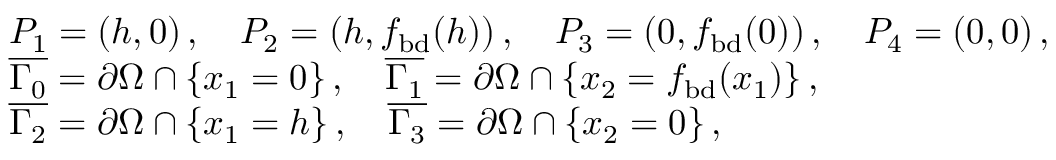
\begin{array} { r l } & { P _ { 1 } = ( h , 0 ) \, , \quad P _ { 2 } = ( h , f _ { \mathrm { b d } } ( h ) ) \, , \quad P _ { 3 } = ( 0 , f _ { \mathrm { b d } } ( 0 ) ) \, , \quad P _ { 4 } = ( 0 , 0 ) \, , } \\ & { \overline { { \Gamma _ { 0 } } } = \partial \Omega \cap \{ x _ { 1 } = 0 \} \, , \quad \overline { { \Gamma _ { 1 } } } = \partial \Omega \cap \{ x _ { 2 } = f _ { \mathrm { b d } } ( x _ { 1 } ) \} \, , } \\ & { \overline { { \Gamma _ { 2 } } } = \partial \Omega \cap \{ x _ { 1 } = h \} \, , \quad \overline { { \Gamma _ { 3 } } } = \partial \Omega \cap \{ x _ { 2 } = 0 \} \, , } \end{array}